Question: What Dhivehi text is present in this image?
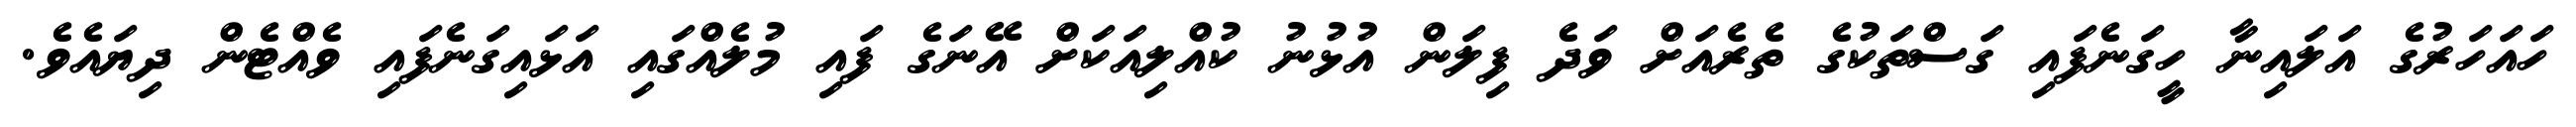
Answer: ހައަހަރުގެ އަލައިނާ ހީގަނެފައި ގަސްތަކުގެ ތެރެއަށް ވަދެ ފިލަން އުޅުނު ކުއްލިއަކަށް އޭނަގެ ފައި މުލެއްގައި އަޅައިގަނެފައި ވެއްޓެން ދިޔައެވެ.